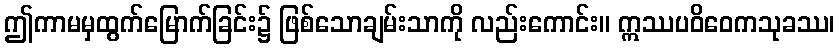
ဤကာမမှထွက်မြောက်ခြင်း၌ ဖြစ်သောချမ်းသာကို လည်းကောင်း။ ဣဿပဝိဝေကသုခဿ၊